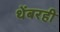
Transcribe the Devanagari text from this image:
थेंबरही